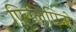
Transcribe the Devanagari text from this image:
फ़िलिपिनो